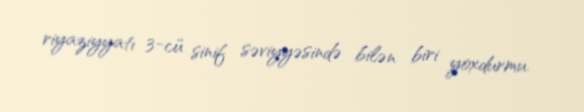
riyaziyyatı 3-cü sinif səviyyəsində bilən biri yoxdurmu.